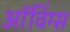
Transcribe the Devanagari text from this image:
ऑविंग्स